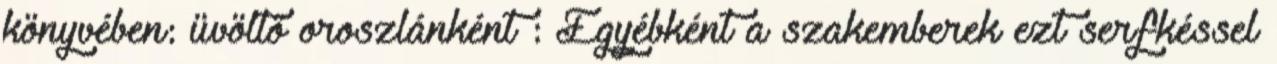
könyvében: üvöltő oroszlánként : Egyébként a szakemberek ezt serfkéssel